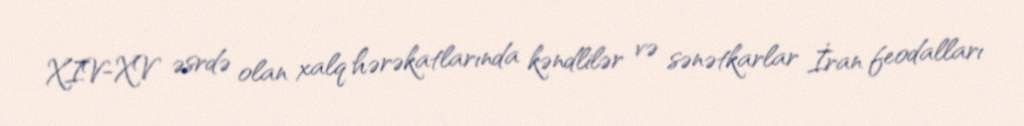
XIV-XV əsrdə olan xalq hərəkatlarında kəndlilər və sənətkarlar İran feodalları